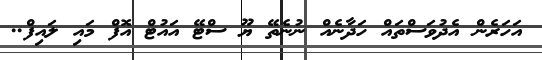
އަހަރެން އެދުވަސްތައް ހަދާނެއް ނުނެތޭ ޔޫ ސްޓޭ އައުޓް އޮފް މައި ލައިފް..